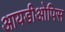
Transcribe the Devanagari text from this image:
आयडीओपिस